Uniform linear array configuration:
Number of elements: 64
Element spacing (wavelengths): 1
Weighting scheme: hamming
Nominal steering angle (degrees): -15
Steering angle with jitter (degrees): -13.733
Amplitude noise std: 0.05
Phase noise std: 0.05

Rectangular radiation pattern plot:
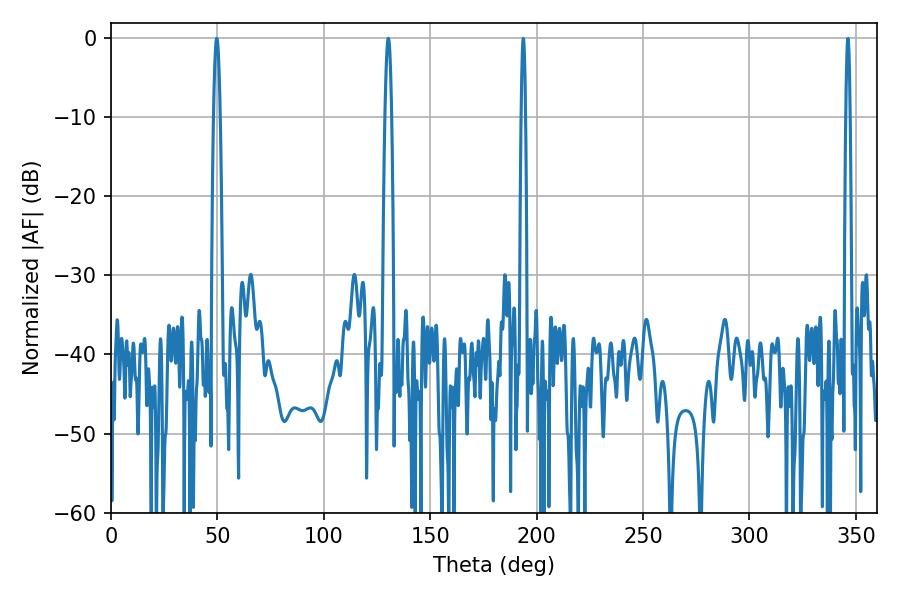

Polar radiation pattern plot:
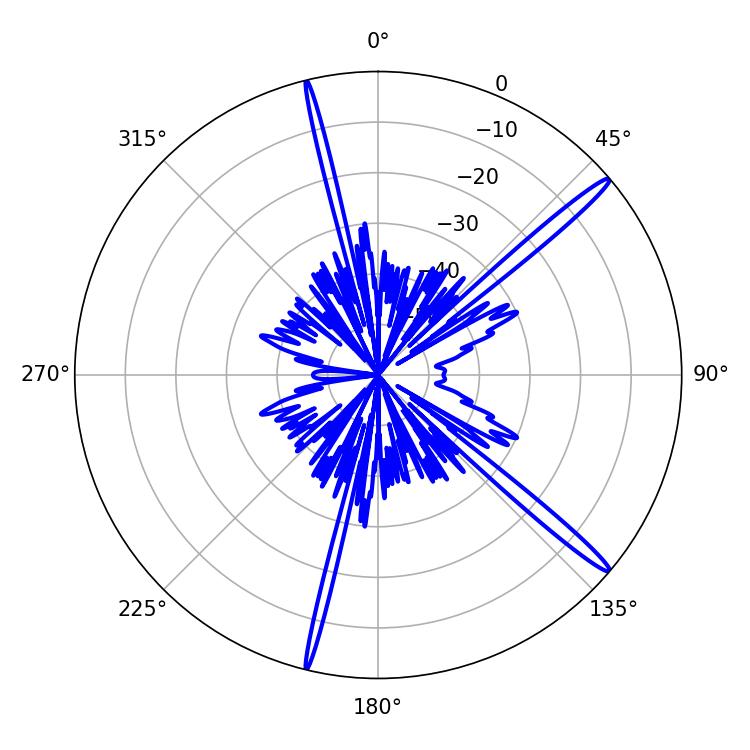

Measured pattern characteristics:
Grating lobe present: TRUE
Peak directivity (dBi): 16.945
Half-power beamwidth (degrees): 1.62
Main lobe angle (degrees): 49.68